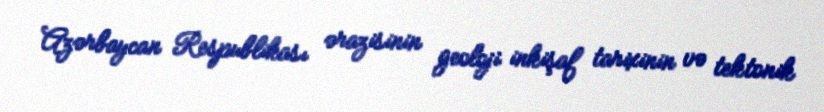
Azərbaycan Respublikası ərazisinin geoloji inkişaf tarixinin və tektonik